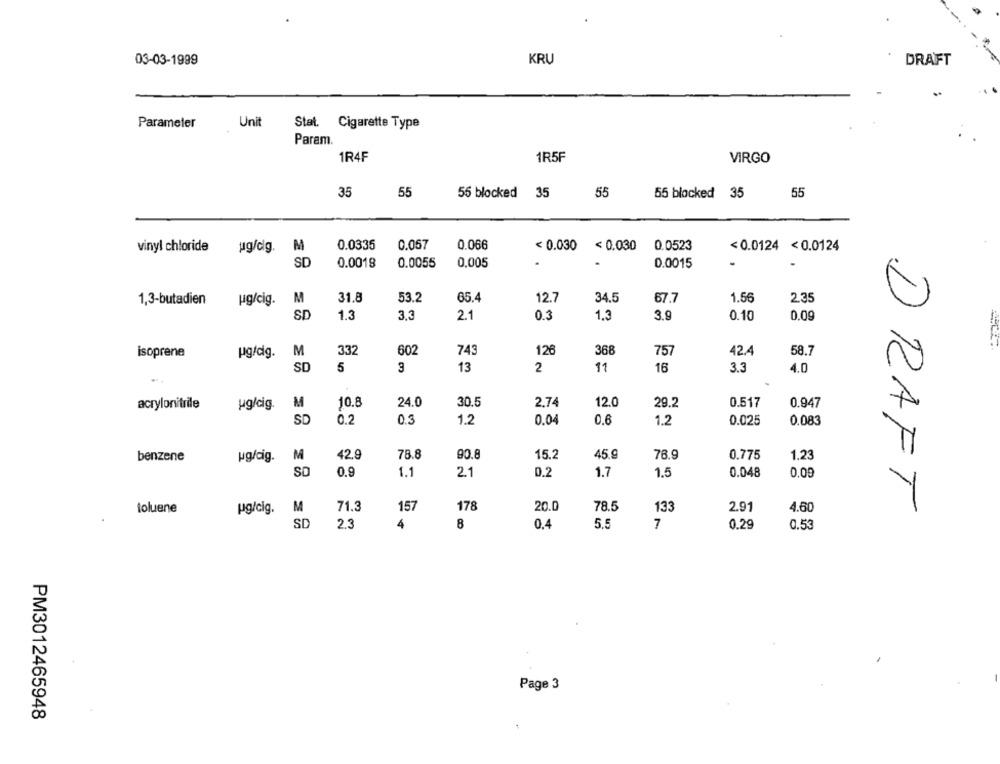
03-03-1999
KRU
DRAFT
Parameter
Unit
Stat. Cigarette Type
Param.
1R4F
1R5F
VIRGO
35
55
56 blocked 35
55
55 blocked 35
55
0.0335
0.057
vinyl chloride
ug/dlg.
M
0.066
< 0.030 < 0.030 0.0523
<0.0124 < 0.0124
SD
0.0018
0.0055
0,005
0.0015
M
31.8
53.2
65.4
12.7
34.5
67.7
1.56
2.35
1,3-butadien
ug/cig.
SD
1.3
3,3
2.1
0.3
1.3
3.9
0.10
0.09
M
332
602
743
126
368
757
42.4
58.7
isoprene
ug/dig.
SD
5
3
13
2
11
16
3.3
4.0
acrylonitrile
ug/cig.
M
10.8
24.0
30.5
2.74
12.0
29.2
0.517
0.947
SD
0.2
0.3
1.2
0.04
0.6
0.025
0.083
1.2
benzene
ug/cig.
M
42.9
78.8
90.8
15.2
45.9
78.9
0.775
1.23
SD
0.9
1.1
2.1
0.2
1.7
1.5
0.048
0,09
DRAFT
toluene
pg/cig.
M
71.3
157
178
20.0
78.5
133
2.91
4.60
SD
2.3
4
8
0.4
5.5
7
0.29
0.53
Page 3
PM3012465948